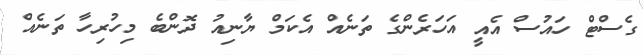
ގެސްޓް ހައުސް އެއީ އަހަރެންގެ ތަނެއް އެކަމް ޔާނިއު ދޮންބެ މިހުރިހާ ތަނެއް